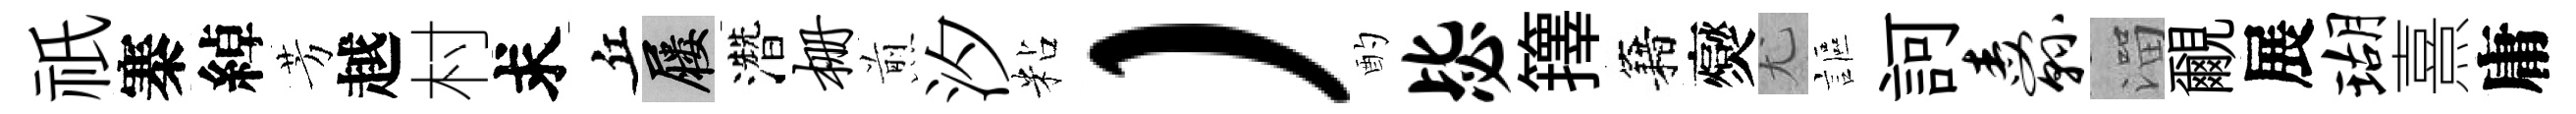
祇寨綽芳越村求丘屨濳栅煎汐粘）酌毖籜籍爕尤謳訶纛溜覼展瑚熹庸